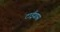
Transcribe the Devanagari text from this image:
टाईग्रास